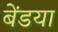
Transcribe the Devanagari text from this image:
बेंडया